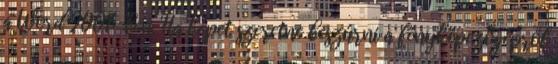
a Word 2007-ben. Ha képet szeretne beszúrni a fényképezőgépről